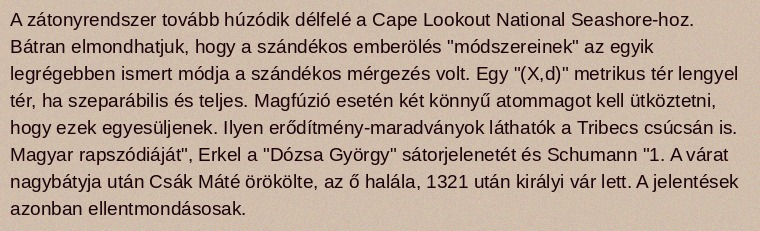
A zátonyrendszer tovább húzódik délfelé a Cape Lookout National Seashore-hoz. Bátran elmondhatjuk, hogy a szándékos emberölés "módszereinek" az egyik legrégebben ismert módja a szándékos mérgezés volt. Egy "(X,d)" metrikus tér lengyel tér, ha szeparábilis és teljes. Magfúzió esetén két könnyű atommagot kell ütköztetni, hogy ezek egyesüljenek. Ilyen erődítmény-maradványok láthatók a Tribecs csúcsán is. Magyar rapszódiáját", Erkel a "Dózsa György" sátorjelenetét és Schumann "1. A várat nagybátyja után Csák Máté örökölte, az ő halála, 1321 után királyi vár lett. A jelentések azonban ellentmondásosak.